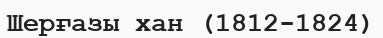
Шерғазы хан (1812-1824)